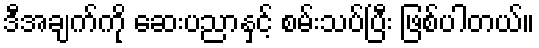
ဒီအချက်ကို ဆေးပညာနှင့် စမ်းသပ်ပြီး ဖြစ်ပါတယ်။